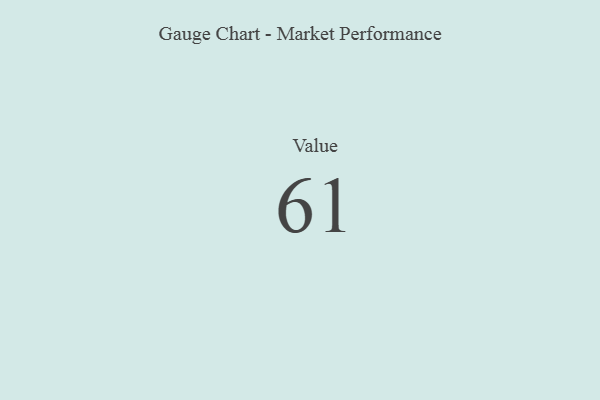
{"axis": {"x": "Metric", "y": "Value"}, "legend": [""], "data": [{"x": "Value", "y": 61, "type": ""}]}